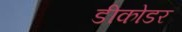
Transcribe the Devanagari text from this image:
डीकोडर